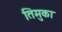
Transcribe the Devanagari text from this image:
तिमुका